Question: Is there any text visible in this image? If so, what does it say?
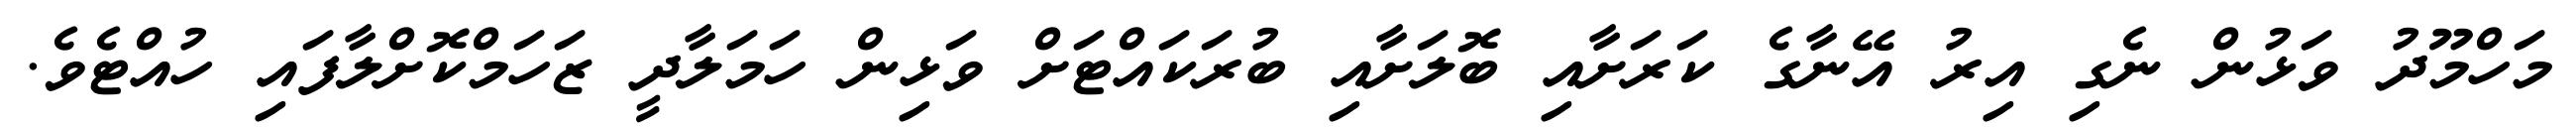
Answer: މަހްމޫދު ވަޅުން ނެގި އިރު އޭނާގެ ކަރަށާއި ބޮލަށާއި ބުރަކައްޓަށް ވަޅިން ހަމަލާދީ ޒަހަމްކޮށްލާފައި ހުއްޓެވެ.